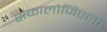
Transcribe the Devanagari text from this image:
सेफालोजिएला